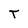
Character: T